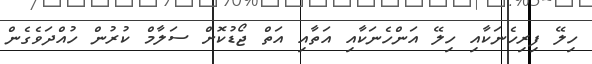
ހިލޭ ފިރިހެނަކާއި ހިލޭ އަންހެނަކާއި އަތާއި އަތް ޖޯޑުކޮށް ސަލާމް ކުރުން ހުއްދަވެގެން